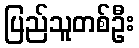
ပြည်သူတစ်ဦး